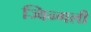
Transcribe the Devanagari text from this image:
ज्विन्गली